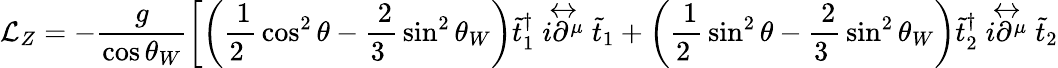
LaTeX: {\cal L}_{Z}=-\frac{g}{\cos\theta_{W}}\left[\left(\mathrm{\frac{~1}{2~}}\cos^{2}\theta-\mathrm{\frac{~2}{3~}}\sin^{2}\theta_{W}\right)\tilde{t}_{1}^{\dagger}\stackrel{\leftrightarrow}{i\partial^{\mu}}\tilde{t}_{1}+\left(\mathrm{\frac{~1}{2~}}\sin^{2}\theta-\mathrm{\frac{~2}{3~}}\sin^{2}\theta_{W}\right)\tilde{t}_{2}^{\dagger}\stackrel{\leftrightarrow}{i\partial^{\mu}}\tilde{t}_{2}\right.